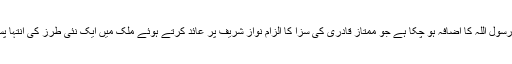
اب ان نامی گروہوں میں تحریک لبیک یا رسول اللہ کا اضافہ ہو چکا ہے جو ممتاز قادری کی سزا کا الزام نواز شریف پر عائد کرتے ہوئے ملک میں ایک نئی طرز کی انتہا پسندی کو فروغ دینے کا سبب بن رہی ہے۔